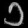
Digit: ၁